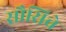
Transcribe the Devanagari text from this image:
सौसिचे